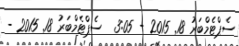
ސެޕްޓެމްބަރު 18